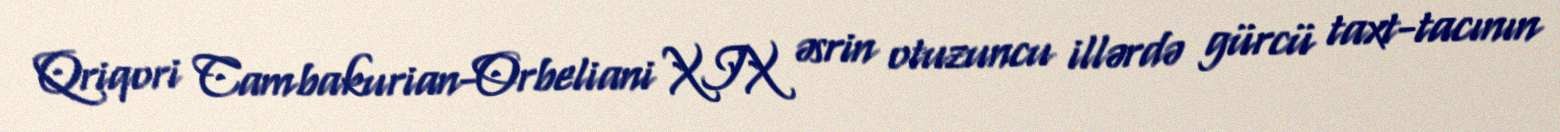
Qriqori Cambakurian-Orbeliani XIX əsrin otuzuncu illərdə gürcü taxt-tacının